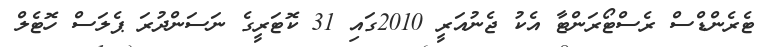
ޓެރެންޑްސް ރެސްޓޯރަންޓާ އެކު ޖެނުއަރީ 2010ގައި 31 ކޮޓަރީގެ ނަސަންދުރަ ޕެލަސް ހޮޓެލް